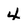
Character: 4